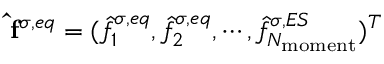
\mathbf { \hat { f } } ^ { \sigma , e q } = ( \hat { f } _ { 1 } ^ { \sigma , e q } , \hat { f } _ { 2 } ^ { \sigma , e q } , \cdots , \hat { f } _ { N _ { \mathrm { { m o m e n t } } } } ^ { \sigma , E S } ) ^ { T }